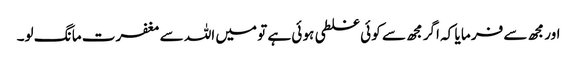
اور مجھ سے فر ما یا کہ اگر مجھ سے کو ئی غلطی ہو ئی ہے تو میں اللہ سے مغفرت ما نگ لو۔